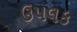
ઉપલક